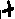
Text: +